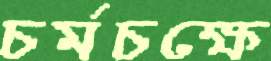
চর্মচক্ষে